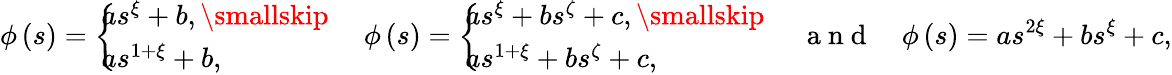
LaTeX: \phi\left(s\right)=\left\{ \! \! \! \begin{array}{l}{as^{\xi}+b,\smallskip}\\ {as^{1+\xi}+b,}\end{array}\ \right.\quad\phi\left(s\right)=\left\{ \! \! \! \begin{array}{l}{as^{\xi}+bs^{\zeta}+c,\smallskip}\\ {as^{1+\xi}+bs^{\zeta}+c,}\end{array}\ \right.\quad\mathrm{~a~n~d~}\quad\phi\left(s\right)=as^{2\xi}+bs^{\xi}+c,